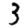
Digit: 3